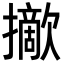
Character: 𢸈